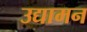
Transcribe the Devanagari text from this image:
उद्यामन